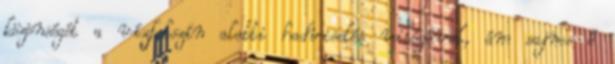
közönségét a vízfelszín alatti hadviselés világával, ám sajnos ő